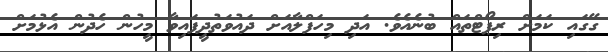
ގޭގައި ކަމަށް ރިޕޯޓްތައް ބުނެއެވެ. އަދި މިހަފްލާއަށް ދައުވަތުދީފައިވާ މީހުން ހެދުން އެޅުމަށް